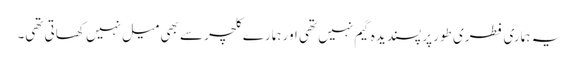
یہ ہماری فطری طور پر پسندیدہ گیم نہیں تھی اور ہمارے کلچر سے بھی میل نہیں کھاتی تھی۔